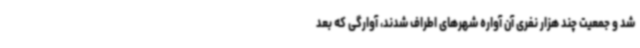
شد و جمعیت چند هزار نفری آن آواره شهرهای اطراف شدند، آوارگی که بعد